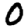
Digit: 0